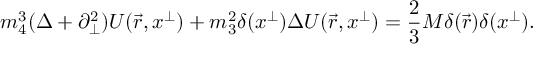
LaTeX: m _ { 4 } ^ { 3 } ( \Delta + \partial _ { \perp } ^ { 2 } ) U ( \vec { r } , x ^ { \perp } ) + m _ { 3 } ^ { 2 } \delta ( x ^ { \perp } ) \Delta U ( \vec { r } , x ^ { \perp } ) = \frac { 2 } { 3 } M \delta ( \vec { r } ) \delta ( x ^ { \perp } ) .